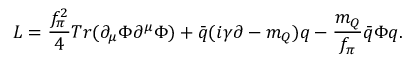
L = \frac { f _ { \pi } ^ { 2 } } { 4 } T r ( \partial _ { \mu } \Phi \partial ^ { \mu } \Phi ) + \bar { q } ( i \gamma \partial - m _ { Q } ) q - \frac { m _ { Q } } { f _ { \pi } } \bar { q } \Phi q .